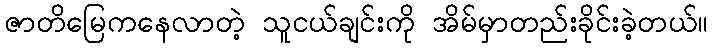
ဇာတိမြေကနေလာတဲ့ သူငယ်ချင်းကို အိမ်မှာတည်းခိုင်းခဲ့တယ်။